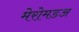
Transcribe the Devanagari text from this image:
मेरोमडअ